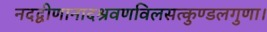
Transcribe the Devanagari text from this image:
नदद्वीणानादश्रवणविलसत्कुण्डलगुणा।